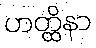
ဟတ္ထိနာ